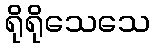
ရိုရိုသေသေ